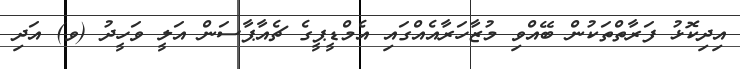
އިދިކޮޅު ފަރާތްތަކުން ބޭއްވި މުޒާހަރާއެއްގައި އެމްޑީޕީގެ ޗެއާޕާސަން އަލީ ވަހީދު (ވ) އަދި